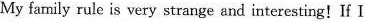
My family rule is very strange and interesting!If I